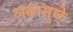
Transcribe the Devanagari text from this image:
लढामुळे